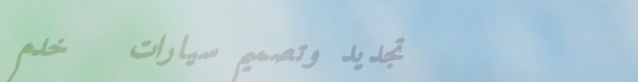
تجديد وتصميم سيارات   خدم